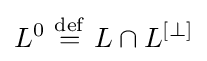
L^{0}\ {\stackrel {\mathrm {def} }{=}}\ L\cap L^{[\perp ]}